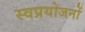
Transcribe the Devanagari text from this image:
स्वप्रयोजनों